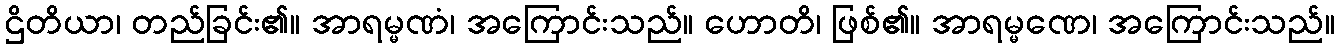
ဌိတိယာ၊ တည်ခြင်း၏။ အာရမ္မဏံ၊ အကြောင်းသည်။ ဟောတိ၊ ဖြစ်၏။ အာရမ္မဏေ၊ အကြောင်းသည်။